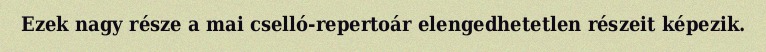
Ezek nagy része a mai cselló-repertoár elengedhetetlen részeit képezik.